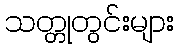
သတ္တုတွင်းများ